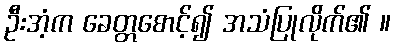
ဦးအံ့က ခေတ္တစောင့်၍ အသံပြုလိုက်၏ ။